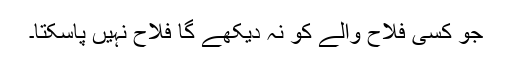
جو کسی فلاح والے کو نہ دیکھے گا فلاح نہیں پاسکتا۔